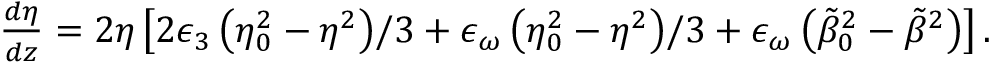
\begin{array} { r l r } & { } & { \frac { d \eta } { d z } = 2 \eta \left[ 2 \epsilon _ { 3 } \left( \eta _ { 0 } ^ { 2 } - \eta ^ { 2 } \right) \! / 3 + \epsilon _ { \omega } \left( \eta _ { 0 } ^ { 2 } - \eta ^ { 2 } \right) \! / 3 + \epsilon _ { \omega } \left( \tilde { \beta } _ { 0 } ^ { 2 } - \tilde { \beta } ^ { 2 } \right) \right] . } \end{array}